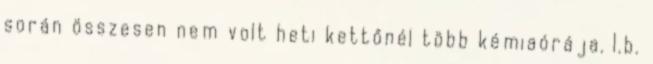
során összesen nem volt heti kettőnél több kémiaórája. I.b.